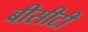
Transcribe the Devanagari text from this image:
बीसीटी